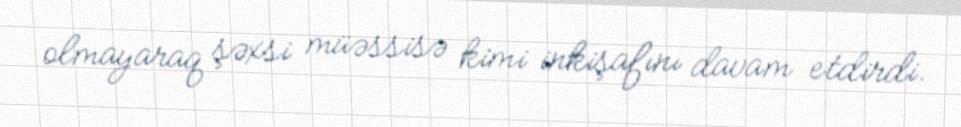
olmayaraq şəxsi müəssisə kimi inkişafını davam etdirdi.